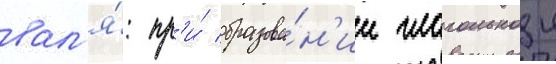
вал'я́: пр'и́ образова́н'ии глагольнои